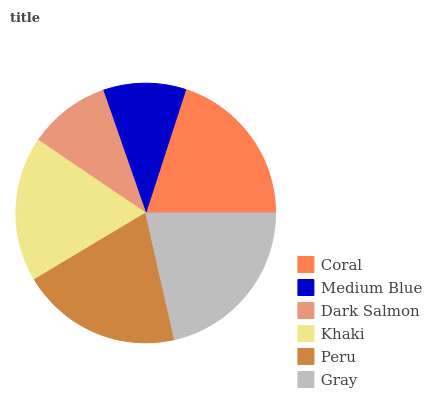
| Coral | Medium Blue | Dark Salmon | Khaki | Peru | Gray |
 | --- | --- | --- | --- | --- | --- |
 | 20.1% | 10.3% | 10.2% | 18% | 19.9% | 21.5% |